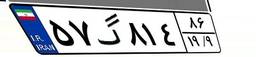
۵۷گ۸۱۴۸۶